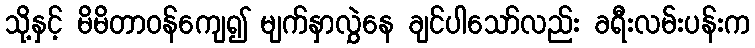
သို့နှင့် မိမိတာဝန်ကျေ၍ မျက်နှာလွှဲနေ ချင်ပါသော်လည်း ခရီးလမ်းပန်းက